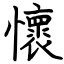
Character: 懷